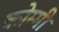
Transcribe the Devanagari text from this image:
कोम्मी